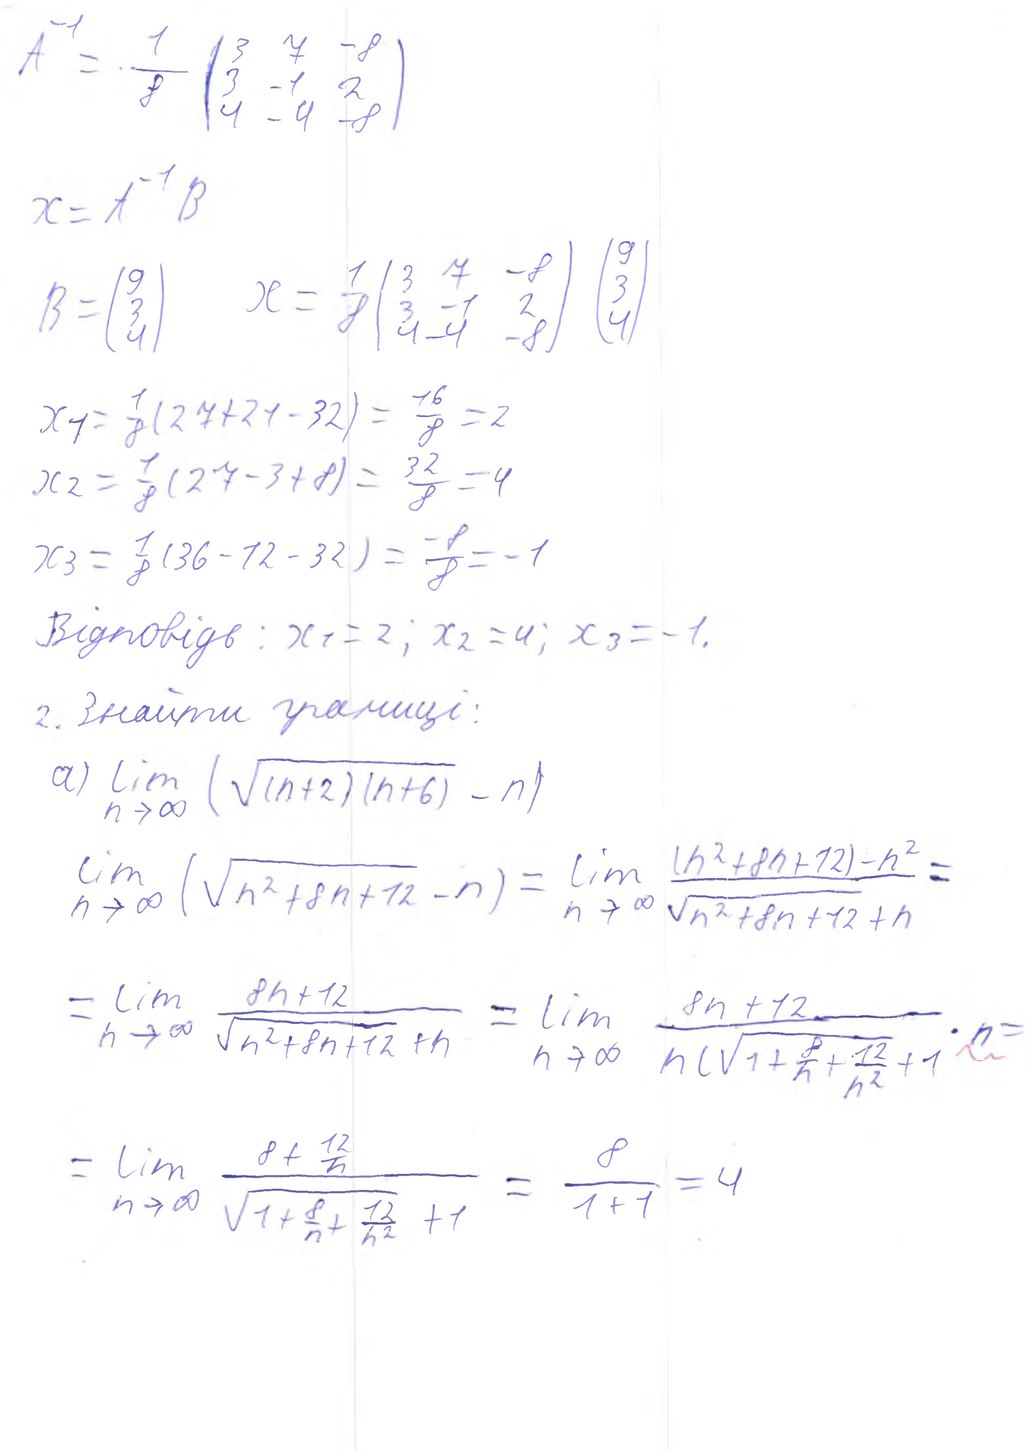
A^{-1} = -\frac{1}{8} \begin{pmatrix} 3 & 7 & -8 \\ 3 & -1 & 2 \\ 4 & -4 & -8 \end{pmatrix}
x = A^{-1} B
x = \frac{1}{8} \begin{pmatrix} 3 & 7 & -8 \\ 3 & -1 & 2 \\ 4 & -4 & -8 \end{pmatrix} \begin{pmatrix} 9 \\ 3 \\ 4 \end{pmatrix}
B = \begin{pmatrix} 9 \\ 3 \\ 4 \end{pmatrix}
x_1 = \frac{1}{8}(27 + 21 - 32) = \frac{16}{8} = 2
x_2 = \frac{1}{8} (27 - 3 + 8) = \frac{32}{8} = 4
x_3 = \frac{1}{8} (36 - 12 - 32) = \frac{-8}{8} = -1
Відповідь: x1 = 2; x2 = 4; x3 = -1.
2. Знайти границі:
a) \lim_{n \to \infty} (\sqrt{(n+2)(n+6)} - n)
\lim_{n \to \infty} (\sqrt{n^2 + 8n + 12} - n) = \lim_{n \to \infty} \frac{(n^2 + 8n + 12) - n^2}{\sqrt{n^2 + 8n + 12} + n} =
= \lim_{n \to \infty} \frac{8n + 12}{\sqrt{n^2 + 8n + 12} + n} = \lim_{n \to \infty} \frac{8n + 12}{n(\sqrt{1 + \frac{8}{n} + \frac{12}{n^2}} + 1)}*n=
= \lim_{n \to \infty} \frac{8 + \frac{12}{n}}{\sqrt{1 + \frac{8}{n} + \frac{12}{n^2}} + 1} = \frac{8}{1 + 1} = 4